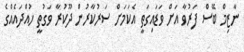
ނާޒިމް ބޭސް ފަރުވާ އަށް ވަޑައިގަތީ އެކަމަށް ސަރުކާރުން ދޫކުރާ ވަގުތީ ހުއްދައެއްގެ